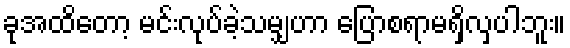
ခုအထိတော့ မင်းလုပ်ခဲ့သမျှဟာ ပြောစရာမရှိလှပါဘူး။